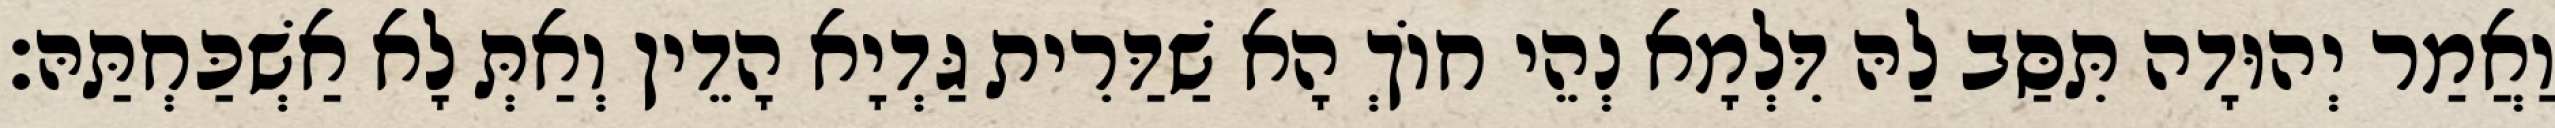
וַאֲמַר יְהוּדָה תִּסַּב לַהּ דִּלְמָא נְהֵי חוֹךְ הָא שַׁדַּרִית גַּדְיָא הָדֵין וְאַתְּ לָא אַשְׁכַּחְתַּהּ׃